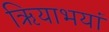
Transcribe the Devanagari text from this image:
ऋियाभयां